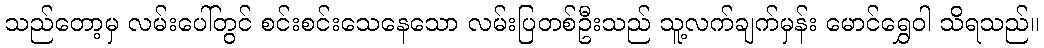
သည်တော့မှ လမ်းပေါ်တွင် စင်းစင်းသေနေသော လမ်းပြတစ်ဦးသည် သူ့လက်ချက်မှန်း မောင်ရွှေဝါ သိရသည်။